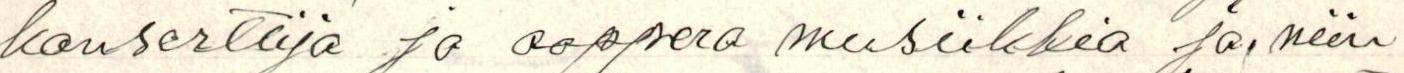
konsertteja ja ooppera musiikkia ja, niin